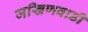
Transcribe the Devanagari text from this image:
जखिणवाडी